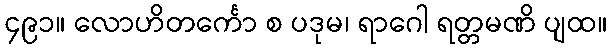
၄၉၁။ လောဟိတင်္ကော စ ပဒုမ၊ ရာဂေါ ရတ္တမဏိ ပျထ။